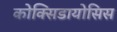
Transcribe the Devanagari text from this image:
कोक्सिडायोसिस